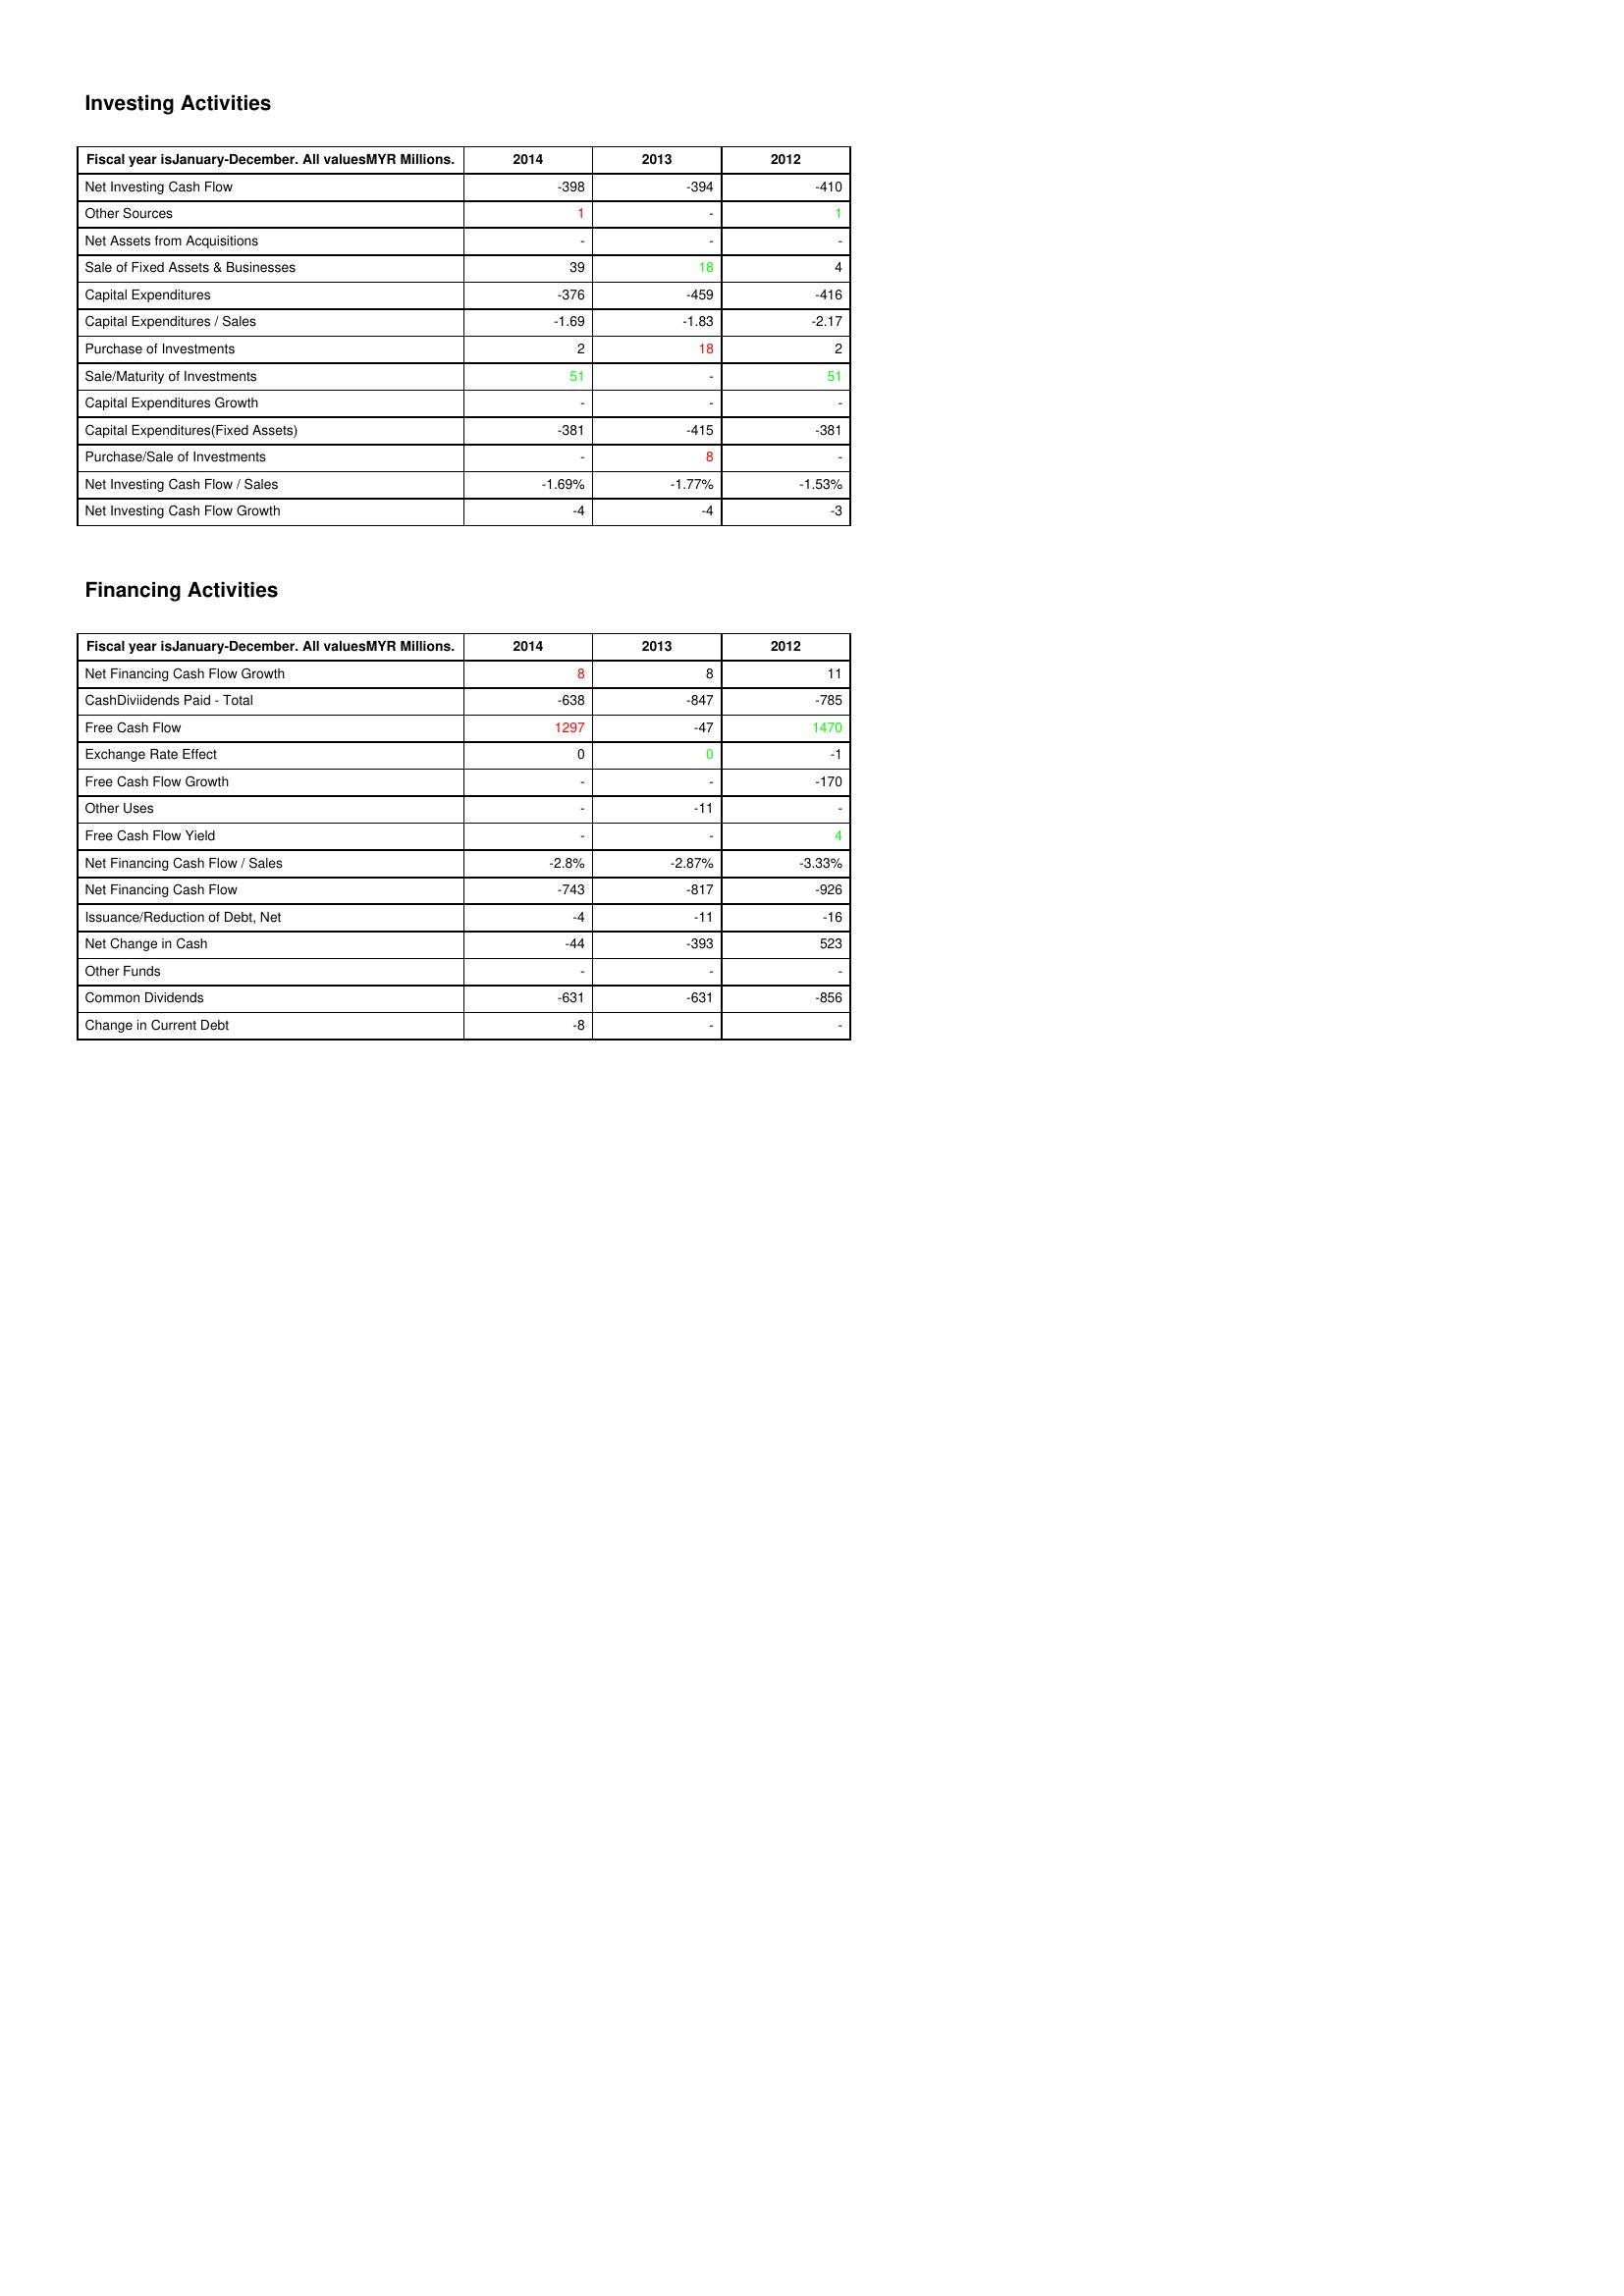
gt_parse: 2014: Investing Activities: Net Investing Cash Flow: -398
Other Sources: 1
Net Assets from Acquisitions: -
Sale of Fixed Assets & Businesses: 39
Capital Expenditures: -376
Capital Expenditures / Sales: -1.69
Purchase of Investments: 2
Sale/Maturity of Investments: 51
Capital Expenditures Growth: -
Capital Expenditures(Fixed Assets): -381
Purchase/Sale of Investments: -
Net Investing Cash Flow / Sales: -1.69%
Net Investing Cash Flow Growth: -4
Financing Activities: Net Financing Cash Flow Growth: 8
CashDiviidends Paid - Total: -638
Free Cash Flow: 1297
Exchange Rate Effect: 0
Free Cash Flow Growth: -
Other Uses: -
Free Cash Flow Yield: -
Net Financing Cash Flow / Sales: -2.8%
Net Financing Cash Flow: -743
Issuance/Reduction of Debt, Net: -4
Net Change in Cash: -44
Other Funds: -
Common Dividends: -631
Change in Current Debt: -8
2013: Investing Activities: Net Investing Cash Flow: -394
Other Sources: -
Net Assets from Acquisitions: -
Sale of Fixed Assets & Businesses: 18
Capital Expenditures: -459
Capital Expenditures / Sales: -1.83
Purchase of Investments: 18
Sale/Maturity of Investments: -
Capital Expenditures Growth: -
Capital Expenditures(Fixed Assets): -415
Purchase/Sale of Investments: 8
Net Investing Cash Flow / Sales: -1.77%
Net Investing Cash Flow Growth: -4
Financing Activities: Net Financing Cash Flow Growth: 8
CashDiviidends Paid - Total: -847
Free Cash Flow: -47
Exchange Rate Effect: 0
Free Cash Flow Growth: -
Other Uses: -11
Free Cash Flow Yield: -
Net Financing Cash Flow / Sales: -2.87%
Net Financing Cash Flow: -817
Issuance/Reduction of Debt, Net: -11
Net Change in Cash: -393
Other Funds: -
Common Dividends: -631
Change in Current Debt: -
2012: Investing Activities: Net Investing Cash Flow: -410
Other Sources: 1
Net Assets from Acquisitions: -
Sale of Fixed Assets & Businesses: 4
Capital Expenditures: -416
Capital Expenditures / Sales: -2.17
Purchase of Investments: 2
Sale/Maturity of Investments: 51
Capital Expenditures Growth: -
Capital Expenditures(Fixed Assets): -381
Purchase/Sale of Investments: -
Net Investing Cash Flow / Sales: -1.53%
Net Investing Cash Flow Growth: -3
Financing Activities: Net Financing Cash Flow Growth: 11
CashDiviidends Paid - Total: -785
Free Cash Flow: 1470
Exchange Rate Effect: -1
Free Cash Flow Growth: -170
Other Uses: -
Free Cash Flow Yield: 4
Net Financing Cash Flow / Sales: -3.33%
Net Financing Cash Flow: -926
Issuance/Reduction of Debt, Net: -16
Net Change in Cash: 523
Other Funds: -
Common Dividends: -856
Change in Current Debt: -